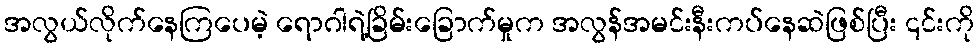
အလွယ်လိုက်နေကြပေမဲ့ ရောဂါရဲ့ခြိမ်းခြောက်မှုက အလွန်အမင်းနီးကပ်နေဆဲဖြစ်ပြီး ၎င်းကို